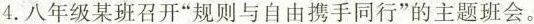
4.八年级某班召开”规则与自由携手同行”的主题班会。